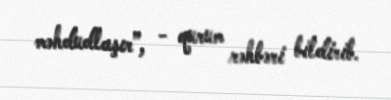
məhdudlaşır”, - qurum rəhbəri bildirib.